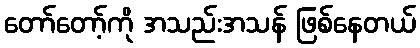
တော်တော့်ကို အသည်းအသန် ဖြစ်နေတယ်